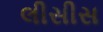
લીસીસ